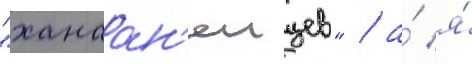
"ханаан'еицев" / а́ я́